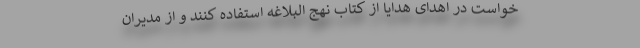
خواست در اهدای هدایا از کتاب نهج البلاغه استفاده کنند و از مدیران